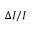
\Delta I / I